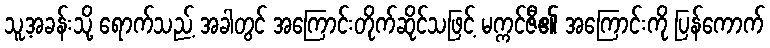
သူ့အခန်းသို့ ရောက်သည့် အခါတွင် အကြောင်းတိုက်ဆိုင်သဖြင့် မက္ကင်ဇီ၏ အကြောင်းကို ပြန်ကောက်